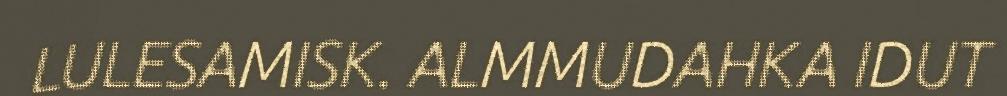
LULESAMISK. ALMMUDAHKA IDUT